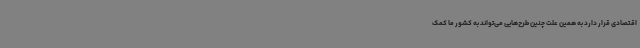
اقتصادی قرار دارد به همین علت چنین طرح‌هایی می‌تواند به کشور ما کمک